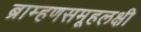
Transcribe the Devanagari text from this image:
ब्राम्हणसमूहलक्षी